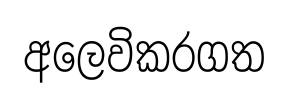
අලෙවිකරගත